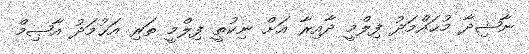
ނާޝިދާ މުޙައްމަދު ފިލްމީ ދާއިރާ އަށް ނިކުތީ ފިލްމީ ތަރި އަޙުމަދު އާޞިމް